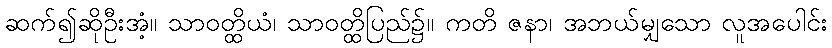
ဆက်၍ဆိုဦးအံ့။ သာဝတ္ထိယံ၊ သာဝတ္ထိပြည်၌။ ကတိ ဇနာ၊ အဘယ်မျှသော လူအပေါင်း